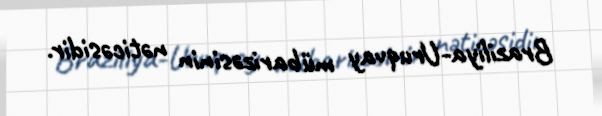
Braziliya-Uruqvay mübarizəsinin nəticəsidir.